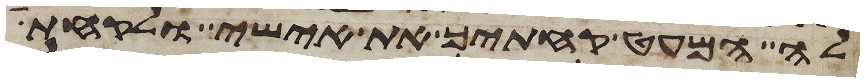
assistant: לה המעט קחתיך את אישי ולקחתי